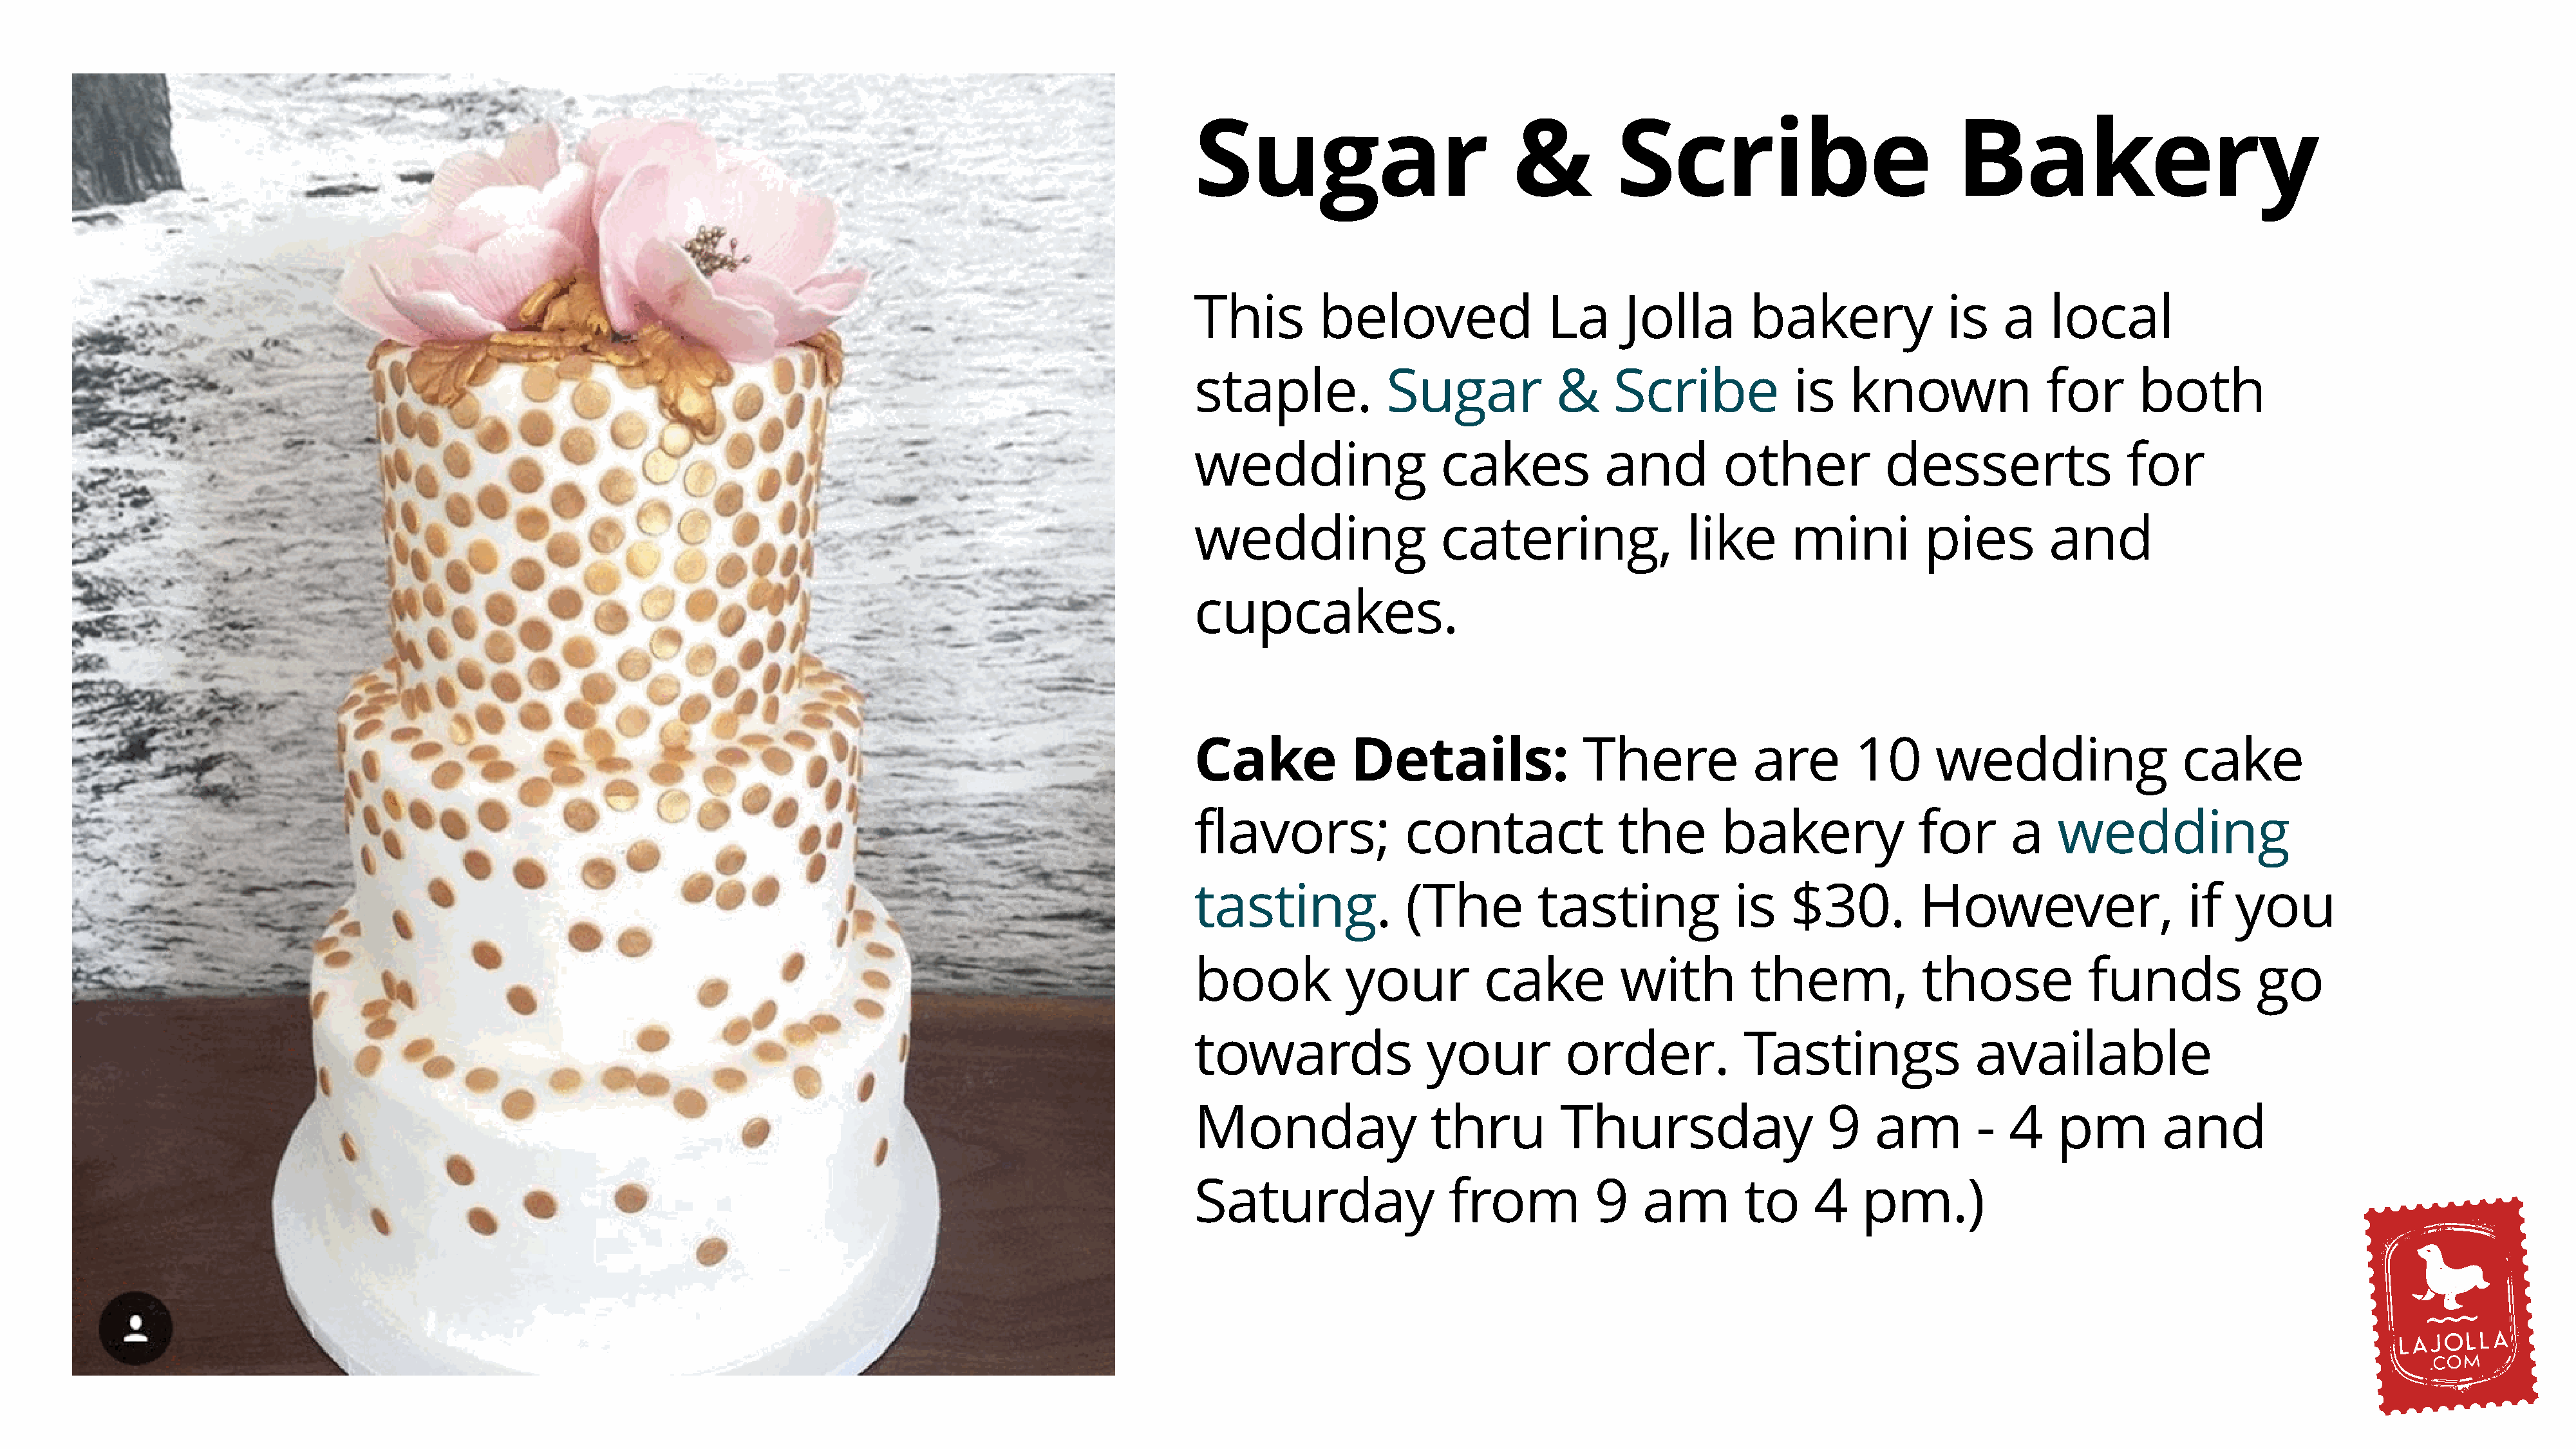
Sugar                           &          Scribe                             Bakery
 This         beloved                La      Jolla        bakery              is    a    local
 staple.            Sugar             &     Scribe            is    known               for       both
 wedding                  cakes            and         other            desserts                 for
 wedding                  catering,                like       mini          pies         and
 cupcakes.
 Cake            Details:                There            are        10      wedding                  cake
 flavors;             contact               the        bakery              for       a   wedding
 tasting.              (The         tasting             is    $30.         However,                    if   you
 book           your           cake          with         them,             those            funds            go
 towards                 your          order.            Tastings                available
 Monday                  thru         Thursday                    9    am        -   4   pm         and
 Saturday                  from           9    am        to     4    pm.)